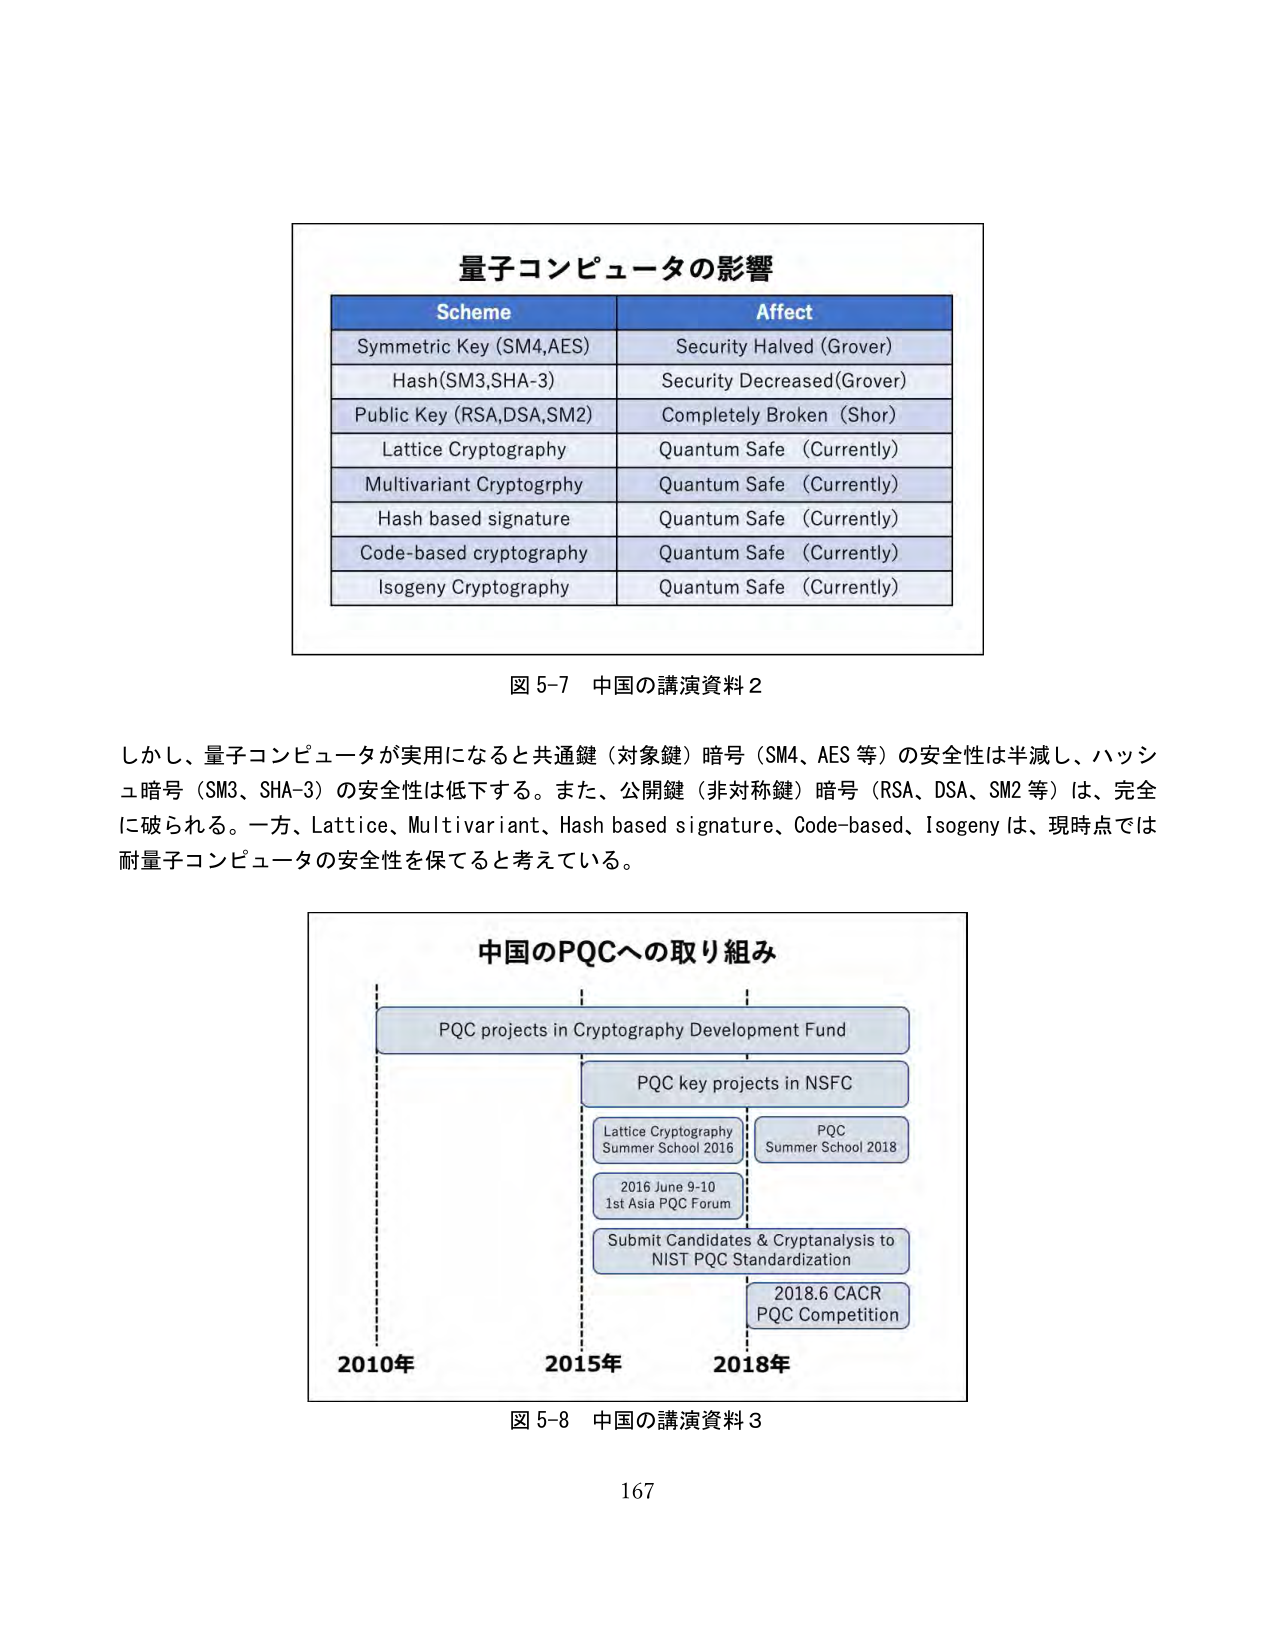
量子コンピュータの影響
Scheme Affect
Symmetric Key (SM4,AES) Security Halved (Grover)
Hash(SM3,SHA-3) Security Decreased(Grover)
Public Key (RSA,DSA,SM2) Completely Broken (Shor)
Lattice Cryptography Quantum Safe (Currently)
Multivariant Cryptography Quantum Safe (Currently)
Hash based signature Quantum Safe (Currently)
Code-based cryptography Quantum Safe (Currently)
Isogeny Cryptography Quantum Safe (Currently)
図 5-7 中国の講演資料 2
しかし、量子コンピュータが実用になると共通鍵（対象鍵）暗号（SM4、AES 等）の安全性は半減し、ハッシュ暗号（SM3、SHA-3）の安全性は低下する。また、公開鍵（非対称鍵）暗号（RSA、DSA、SM2 等）は、完全に破られる。一方、Lattice、Multivariant、Hash based signature、Code-based、Isogeny は、現時点では耐量子コンピュータの安全性を保てると考えている。
中国のPQCへの取り組み
PQC projects in Cryptography Development Fund
PQC key projects in NSFC
Lattice Cryptography
Summer School 2016
PQC
Summer School 2018
2016 June 9-10
1st Asia PQC Forum
Submit Candidates & Cryptanalysis to
NIST PQC Standardization
2018.6 CACR
PQC Competition
2010年 2015年 2018年
図 5-8 中国の講演資料 3
167